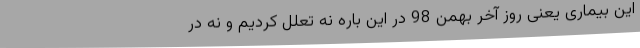
این بیماری یعنی روز آخر بهمن 98 در این باره نه تعلل کردیم و نه در